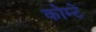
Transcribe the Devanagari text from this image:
कोम्टे